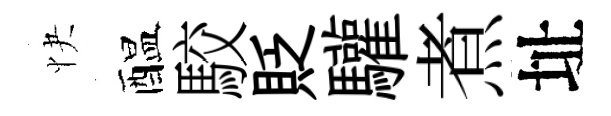
快醖駮貶驩煮址